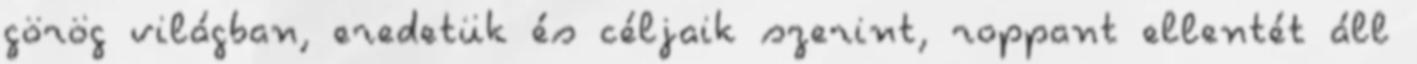
görög világban, eredetük és céljaik szerint, roppant ellentét áll